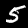
Digit: 5